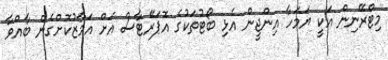
މިޓްރޭނިން އަކީ ޔަމަހާ އިންޖީން އެޅި ބޯޓުތަކުގެ އޮޕަރޭޓާސް އަށް އަމާޒުކޮށްގެން ބާއްވާ